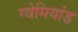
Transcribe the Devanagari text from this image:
ग्वेमियांड